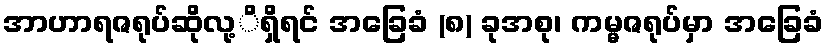
အာဟာရဇရုပ်ဆိုလု့ိရှိရင် အခြေခံ (၈) ခုအစု၊ ကမ္မဇရုပ်မှာ အခြေခံ